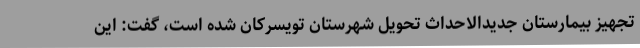
تجهیز بیمارستان جدیدالاحداث تحویل شهرستان تویسرکان شده است، گفت: این